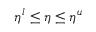
\eta ^ { l } \leq \eta \leq \eta ^ { u }